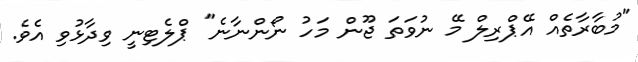
"މުބާރާތެއް އޭޕްރިލް މޭ ނުވަތަ ޖޫން މަހު ނޯންނާނެ" ޕްލެޓިނީ ވިދާޅުވި އެވެ.